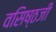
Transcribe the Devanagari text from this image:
वसिष्ठजी